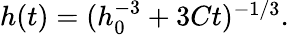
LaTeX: \begin{array}{r}{h(t)=(h_{0}^{-3}+3Ct)^{-1/3}.}\end{array}